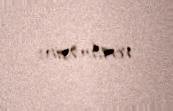
verilməsin.